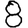
Digit: 8